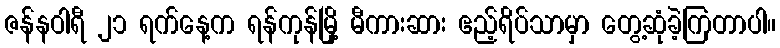
ဇန်နဝါရီ ၂၁ ရက်နေ့က ရန်ကုန်မြို့ မီကားဆား ဧည့်ရိပ်သာမှာ တွေ့ဆုံခဲ့ကြတာပါ။